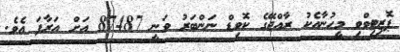
ޕޮޒިޓިވްވި މީހުނާއެކު ރާއްޖޭގެ ކޮވިޑް ނަންބަރު ވަނީ 87487 އަށް އަރާފަ އެވެ.